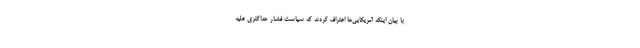
با بیان اینکه آمریکایی‌ها اعتراف کردند که سیاست فشار حداکثری علیه